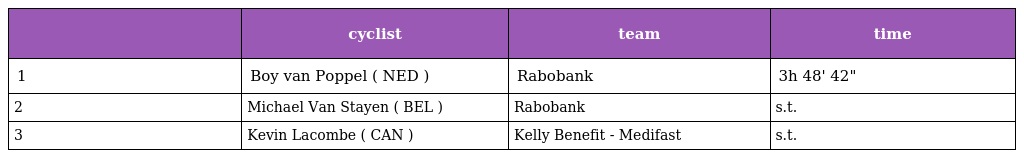
|  | cyclist | team | time |
 | --- | --- | --- | --- |
 | 1 | Boy van Poppel ( NED ) | Rabobank | 3h 48' 42" |
 | 2 | Michael Van Stayen ( BEL ) | Rabobank | s.t. |
 | 3 | Kevin Lacombe ( CAN ) | Kelly Benefit - Medifast | s.t. |